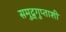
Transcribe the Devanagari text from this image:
समुद्र्गुप्ताशी